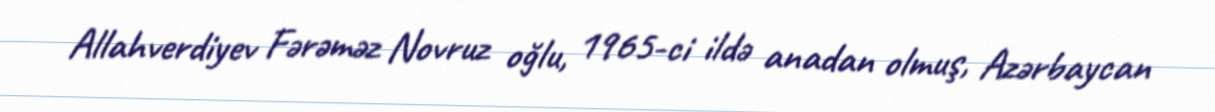
Allahverdiyev Fərəməz Novruz oğlu, 1965-ci ildə anadan olmuş, Azərbaycan